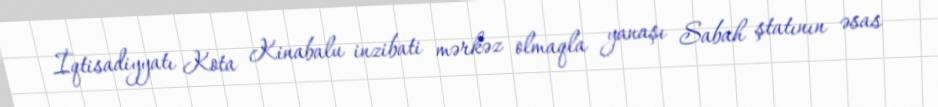
İqtisadiyyatı Kota Kinabalu inzibati mərkəz olmaqla yanaşı Sabah ştatının əsas